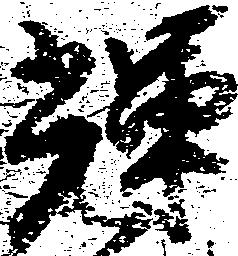
輝